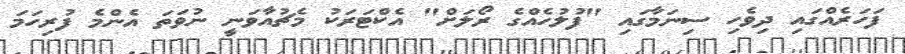
ފަހަރެއްގައި ދިވެހި ސިނަމާގައި "ފުލުހެއްގެ ރޯލަށް" އެކްޓަރަކު މެޗުއާވަނީ ނުވަތަ އެންމެ ފުރިހަމަ